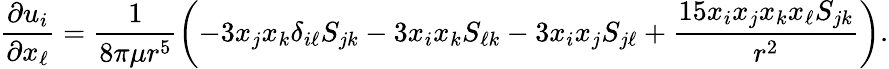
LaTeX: \frac{\partial u_{i}}{\partial x_{\ell}}=\frac{1}{8\pi\mu r^{5}}\left(-3x_{j}x_{k}\delta_{i\ell}S_{jk}-3x_{i}x_{k}S_{\ell k}-3x_{i}x_{j}S_{j\ell}+\frac{15x_{i}x_{j}x_{k}x_{\ell}S_{jk}}{r^{2}}\right).